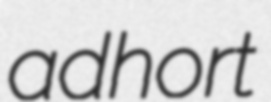
adhort